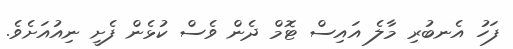
ފަހު އެނބުރި މާލެ އައިސް ޓޮމް ދެން ވެސް ކުޅެން ފެށީ ނިއުއަށެވެ.